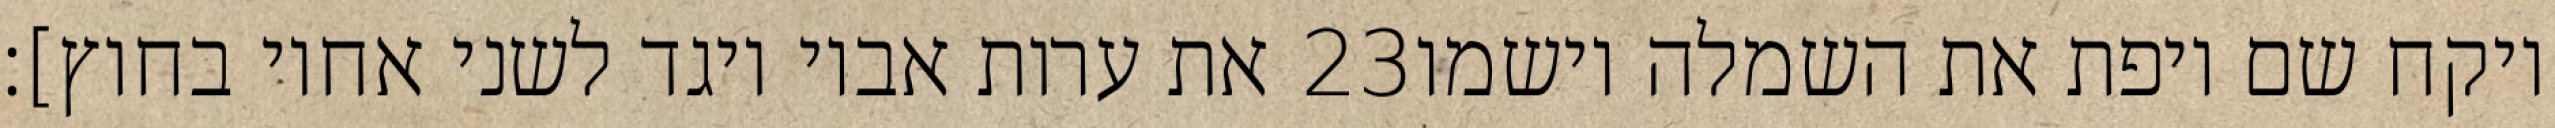
את ערות אביו ויגד לשני אחיו בחוץ]׃ ‎23‏ ויקח שם ויפת את השמלה וישמו